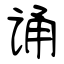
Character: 诵